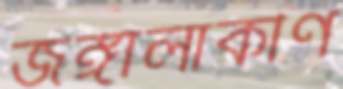
জঙ্গালাকীর্ণ